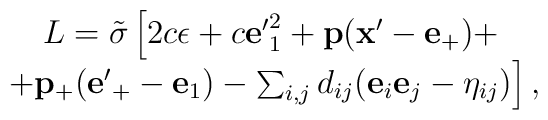
\begin{array}{c} L={\tilde\sigma}\left[2c\epsilon+ c{\bf e'}^2_1+{\bf p}({\bf x'}-{\bf e}_+)+\right.\\\left.+{\bf p}_+({\bf e'}_+ - {\bf e}_1)-\sum_{i,j}d_{ij}({\bf e}_i{\bf e}_j -\eta_{ij})\right],\end{array}